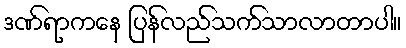
ဒဏ်ရာကနေ ပြန်လည်သက်သာလာတာပါ။